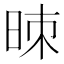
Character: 𰖁